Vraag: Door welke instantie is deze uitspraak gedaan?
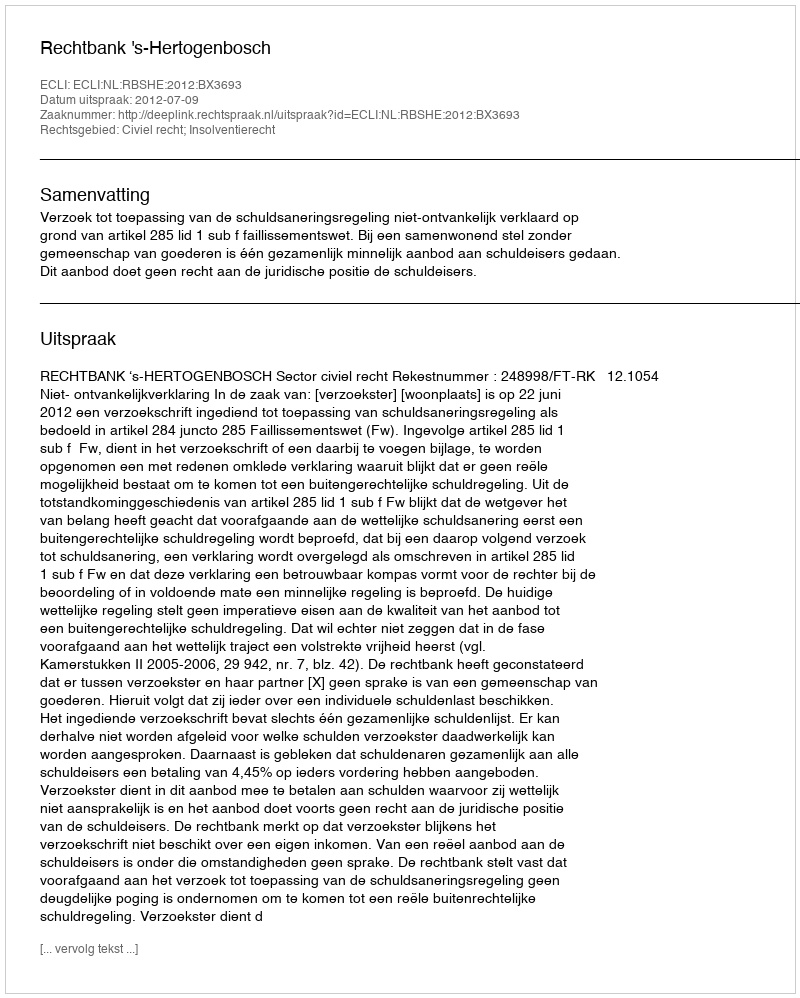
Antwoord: Rechtbank 's-Hertogenbosch